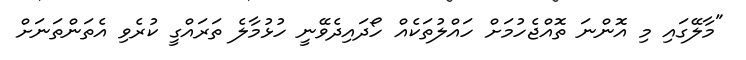
"މާލޭގައި މި އޮންނަ ތޮއްޖެހުމަށް ހައްލުތަކެއް ހޯދައިދެވޭނީ ހުޅުމާލެ ތަރައްގީ ކުރެވި އެތަންތަނަށް